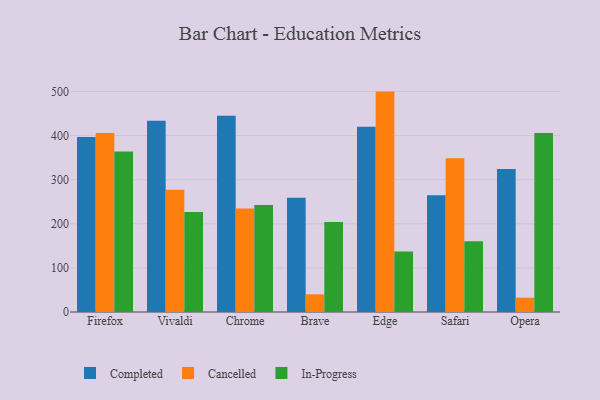
{"axis": {"x": "Browser", "y": "Inventory Turnover"}, "legend": ["Cancelled", "Completed", "In-Progress"], "data": [{"x": "Firefox", "y": 396.7, "type": "Completed"}, {"x": "Firefox", "y": 405.8, "type": "Cancelled"}, {"x": "Firefox", "y": 363.9, "type": "In-Progress"}, {"x": "Vivaldi", "y": 433.8, "type": "Completed"}, {"x": "Vivaldi", "y": 277.3, "type": "Cancelled"}, {"x": "Vivaldi", "y": 226.8, "type": "In-Progress"}, {"x": "Chrome", "y": 444.9, "type": "Completed"}, {"x": "Chrome", "y": 234.5, "type": "Cancelled"}, {"x": "Chrome", "y": 242.7, "type": "In-Progress"}, {"x": "Brave", "y": 259.1, "type": "Completed"}, {"x": "Brave", "y": 40.1, "type": "Cancelled"}, {"x": "Brave", "y": 204.2, "type": "In-Progress"}, {"x": "Edge", "y": 420.3, "type": "Completed"}, {"x": "Edge", "y": 499.8, "type": "Cancelled"}, {"x": "Edge", "y": 137.3, "type": "In-Progress"}, {"x": "Safari", "y": 265.0, "type": "Completed"}, {"x": "Safari", "y": 348.5, "type": "Cancelled"}, {"x": "Safari", "y": 160.2, "type": "In-Progress"}, {"x": "Opera", "y": 324.2, "type": "Completed"}, {"x": "Opera", "y": 32.5, "type": "Cancelled"}, {"x": "Opera", "y": 406.0, "type": "In-Progress"}]}